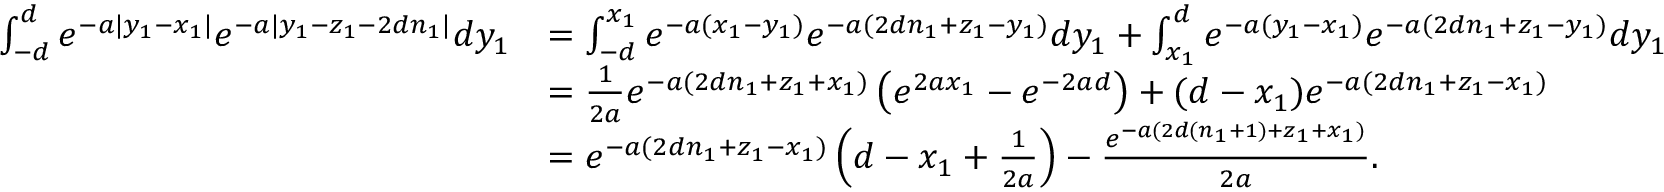
\begin{array} { r l } { \int _ { - d } ^ { d } e ^ { - a | y _ { 1 } - x _ { 1 } | } e ^ { - a | y _ { 1 } - z _ { 1 } - 2 d n _ { 1 } | } d y _ { 1 } } & { = \int _ { - d } ^ { x _ { 1 } } e ^ { - a ( x _ { 1 } - y _ { 1 } ) } e ^ { - a ( 2 d n _ { 1 } + z _ { 1 } - y _ { 1 } ) } d y _ { 1 } + \int _ { x _ { 1 } } ^ { d } e ^ { - a ( y _ { 1 } - x _ { 1 } ) } e ^ { - a ( 2 d n _ { 1 } + z _ { 1 } - y _ { 1 } ) } d y _ { 1 } } \\ & { = \frac { 1 } { 2 a } e ^ { - a ( 2 d n _ { 1 } + z _ { 1 } + x _ { 1 } ) } \left( e ^ { 2 a x _ { 1 } } - e ^ { - 2 a d } \right) + ( d - x _ { 1 } ) e ^ { - a ( 2 d n _ { 1 } + z _ { 1 } - x _ { 1 } ) } } \\ & { = e ^ { - a ( 2 d n _ { 1 } + z _ { 1 } - x _ { 1 } ) } \left( d - x _ { 1 } + \frac { 1 } { 2 a } \right) - \frac { e ^ { - a ( 2 d ( n _ { 1 } + 1 ) + z _ { 1 } + x _ { 1 } ) } } { 2 a } . } \end{array}